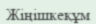
Жіңішкеқұм